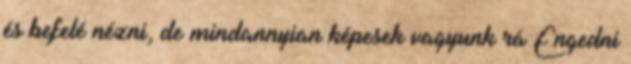
és befelé nézni, de mindannyian képesek vagyunk rá Engedni